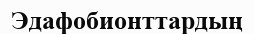
Эдафобионттардың